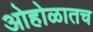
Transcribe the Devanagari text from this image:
ओहोळातच